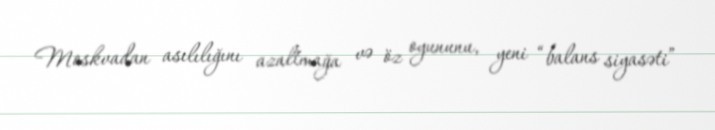
Moskvadan asılılığını azaltmağa və öz oyununu, yeni “balans siyasəti”